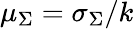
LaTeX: \mu_{\Sigma}=\sigma_{\Sigma}/k